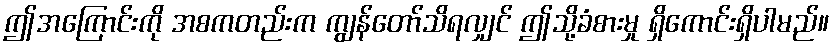
ဤအကြောင်းကို အစကတည်းက ကျွန်တော်သိရလျှင် ဤသို့ခံစားမှု ရှိကောင်းရှိပါမည်။